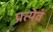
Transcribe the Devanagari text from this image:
प्रत्येवं